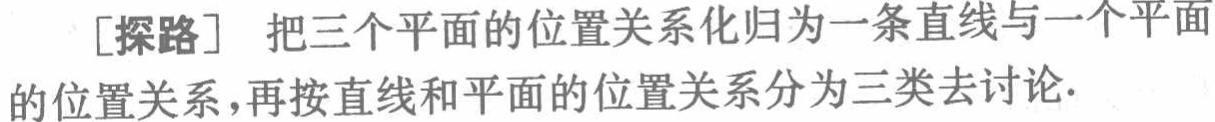
[探路] 把三个平面的位置关系化归为一条直线与一个平面的位置关系，再按直线和平面的位置关系分为三类去讨论.